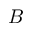
{ \boldsymbol B }